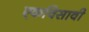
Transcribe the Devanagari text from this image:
एकविसावी